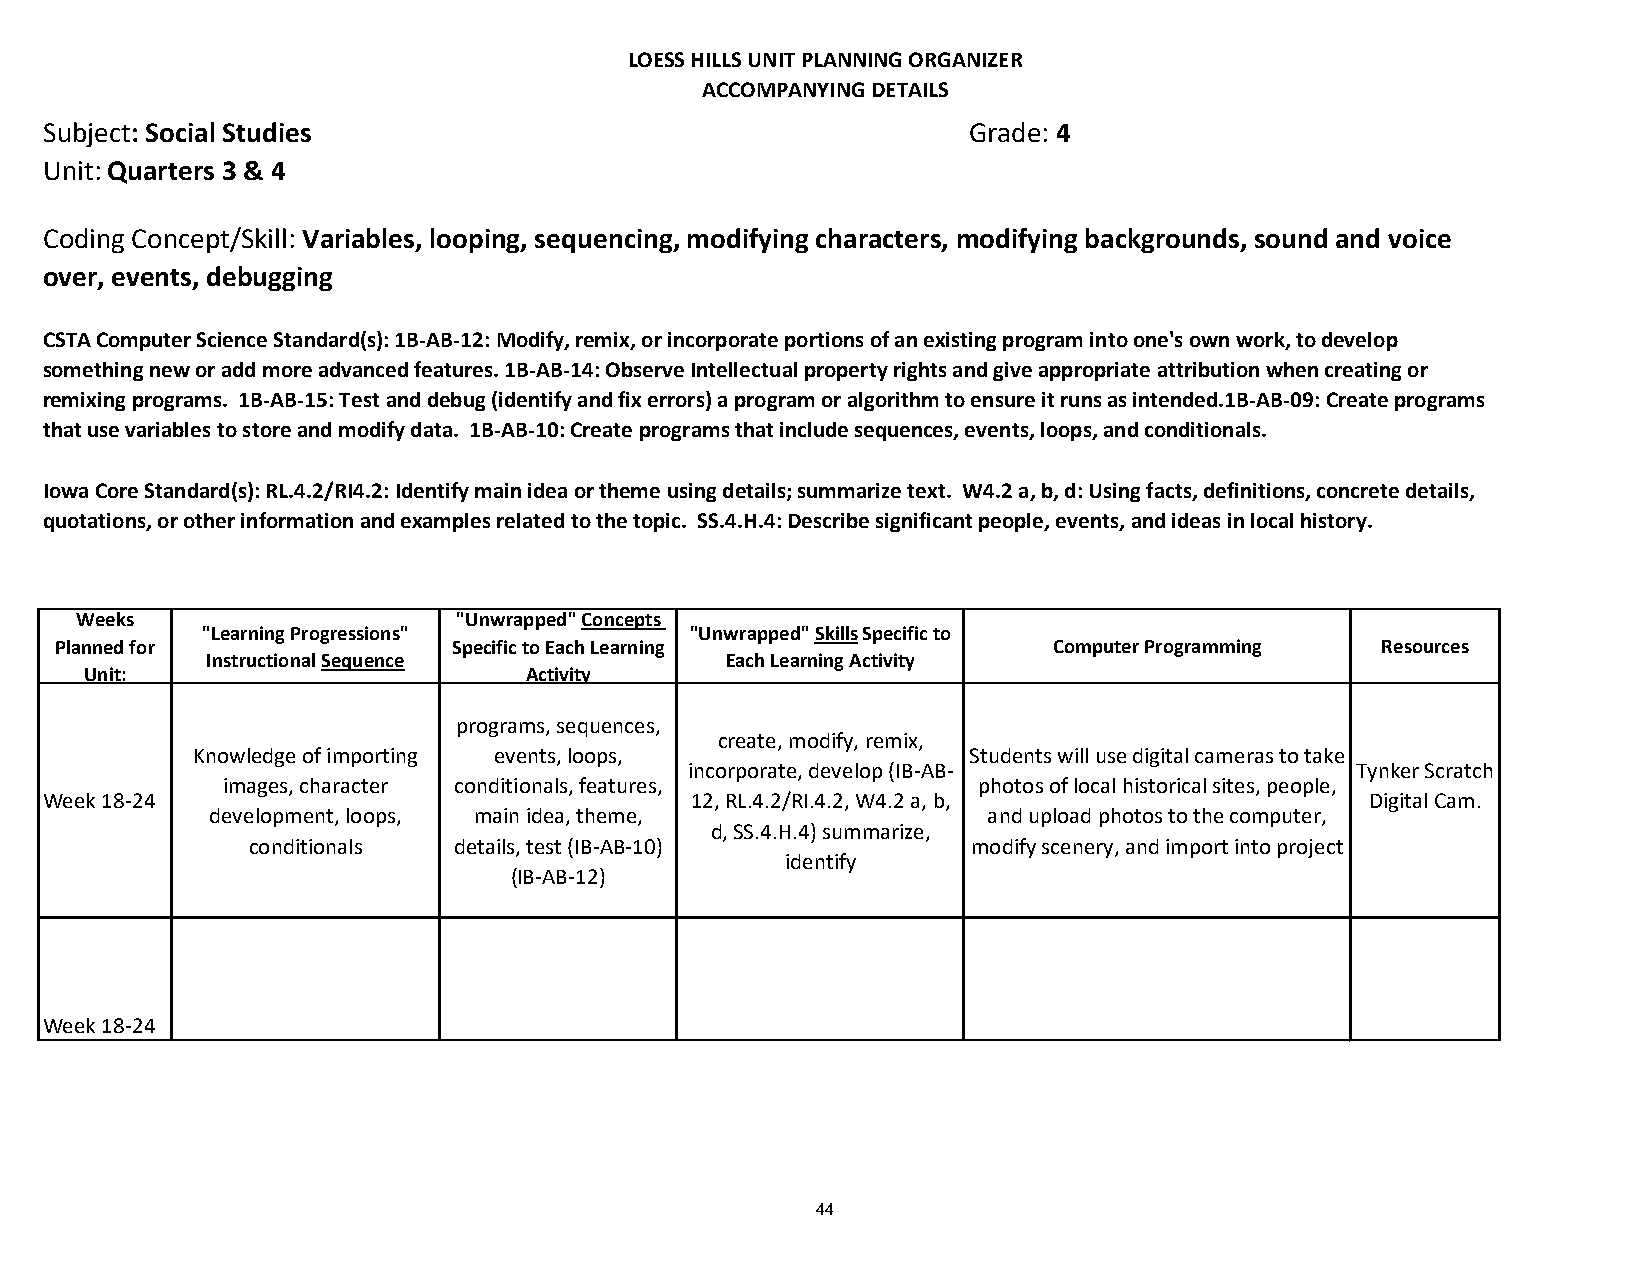
LOESS HILLS UNIT PLANNING ORGANIZER
 ACCOMPANYING DETAILS
 Subject: Social Studies                                      Grade: 4
 Unit: Quarters 3 & 4
 Coding Concept/Skill: Variables, looping, sequencing, modifying characters, modifying backgrounds, sound and voice
 over, events, debugging
 CSTA Computer Science Standard(s): 1B-AB-12: Modify, remix, or incorporate portions of an existing program into one's own work, to develop
 something new or add more advanced features. 1B-AB-14: Observe Intellectual property rights and give appropriate attribution when creating or
 remixing programs. 1B-AB-15: Test and debug (identify and fix errors) a program or algorithm to ensure it runs as intended.1B-AB-09: Create programs
 that use variables to store and modify data. 1B-AB-10: Create programs that include sequences, events, loops, and conditionals.
 Iowa Core Standard(s): RL.4.2/RI4.2: Identify main idea or theme using details; summarize text. W4.2 a, b, d: Using facts, definitions, concrete details,
 quotations, or other information and examples related to the topic. SS.4.H.4: Describe significant people, events, and ideas in local history.
 Weeks                    "Unwrapped" Concepts
 "Learning Progressions"          "Unwrapped" Skills Specific to
 Planned for               Specific to Each Learning               Computer Programming Resources
 Instructional Sequence            Each Learning Activity
 Unit:                        Activity
 programs, sequences,
 create, modify, remix,
 Knowledge of importing events, loops,              Students will use digital cameras to take
 incorporate, develop (IB-AB-                 Tynker Scratch
 images, character conditionals, features,         photos of local historical sites, people,
 Week 18-24                                 12, RL.4.2/RI.4.2, W4.2 a, b,                Digital Cam.
 development, loops, main idea, theme,              and upload photos to the computer,
 d, SS.4.H.4) summarize,
 conditionals  details, test (IB-AB-10)          modify scenery, and import into project
 identify
 (IB-AB-12)
 Week 18-24
 44